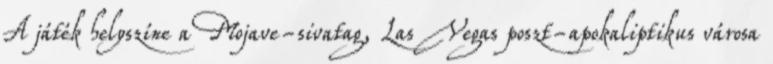
A játék helyszíne a Mojave-sivatag, Las Vegas poszt-apokaliptikus városa